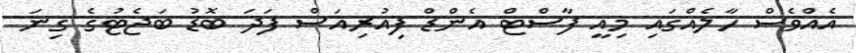
އެއްވެސް ހާލެއްގައި މިއީ ފާސްޓް އެންޑް ފިއުރިއަސް ފަދަ ބޮޑު ބަޖެޓުގެ ގިނަ